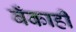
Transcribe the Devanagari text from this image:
बँकाही